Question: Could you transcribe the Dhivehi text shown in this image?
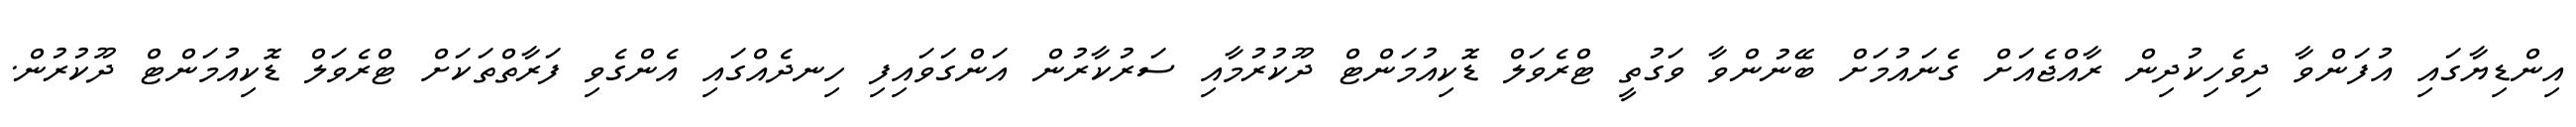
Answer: އިންޑިޔާގައި އުފަންވާ ދިވެހިކުދިން ރާއްޖެއަށް ގެނައުމަށް ބޭނުންވާ ވަގުތީ ޓްރެވަލް ޑޮކިއުމަންޓް ދޫކުރުމާއި ސަރުކާރުން އަންގަވައިފި ހިނދެއްގައި އެންގެވި ފަރާތްތަކަށް ޓްރެވަލް ޑޮކިއުމަންޓް ދޫކުރުން.